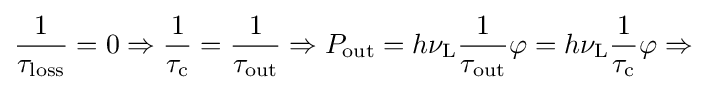
{\frac {1}{\tau _{\rm {loss}}}}=0\Rightarrow {\frac {1}{\tau _{\rm {c}}}}={\frac {1}{\tau _{\rm {out}}}}\Rightarrow P_{\rm {out}}=h\nu _{\rm {L}}{\frac {1}{\tau _{\rm {out}}}}\varphi =h\nu _{\rm {L}}{\frac {1}{\tau _{\rm {c}}}}\varphi \Rightarrow